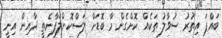
ބައްޕަ އިތުރު ސުވާލު ތަކެއް ކޮށްގެން މާ ބޮޑަށް ލަސްކޮށްލަފާނެތީ ދާއިން އިނީ